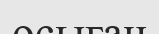
осыған